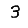
Digit: 3